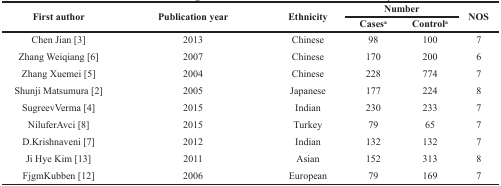
| <ROWSPAN=2> First author | <ROWSPAN=2> Publication year | <ROWSPAN=2> Ethnicity | <COLSPAN=2> Number | <ROWSPAN=2> NOS |
 | Casesa | Controla |
 | --- | --- | --- | --- | --- | --- |
 | Chen Jian [3] | 2013 | Chinese | 98 | 100 | 7 |
 | Zhang Weiqiang [6] | 2007 | Chinese | 170 | 200 | 6 |
 | Zhang Xuemei [5] | 2004 | Chinese | 228 | 774 | 7 |
 | Shunji Matsumura [2] | 2005 | Japanese | 177 | 224 | 8 |
 | SugreevVerma [4] | 2015 | Indian | 230 | 233 | 7 |
 | NiluferAvci [8] | 2015 | Turkey | 79 | 65 | 7 |
 | D.Krishnaveni [7] | 2012 | Indian | 132 | 132 | 7 |
 | Ji Hye Kim [13] | 2011 | Asian | 152 | 313 | 8 |
 | FjgmKubben [12] | 2006 | European | 79 | 169 | 7 |